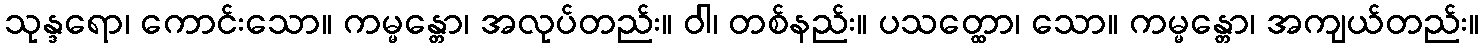
သုန္ဒရော၊ ကောင်းသော။ ကမ္မန္တော၊ အလုပ်တည်း။ ဝါ၊ တစ်နည်း။ ပသတ္ထော၊ သော။ ကမ္မန္တော၊ အကျယ်တည်း။